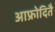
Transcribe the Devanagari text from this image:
आफ्रोदितै